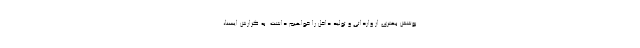
پوشش بهتری از وارداتی و تولید داخل را خواهیم داشت. به گزارش ایسنا،